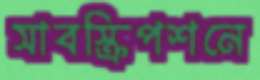
সাবস্ক্রিপশনে